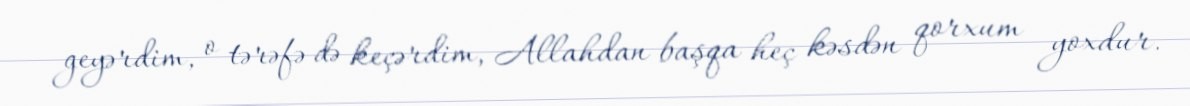
geyərdim, o tərəfə də keçərdim, Allahdan başqa heç kəsdən qorxum yoxdur.